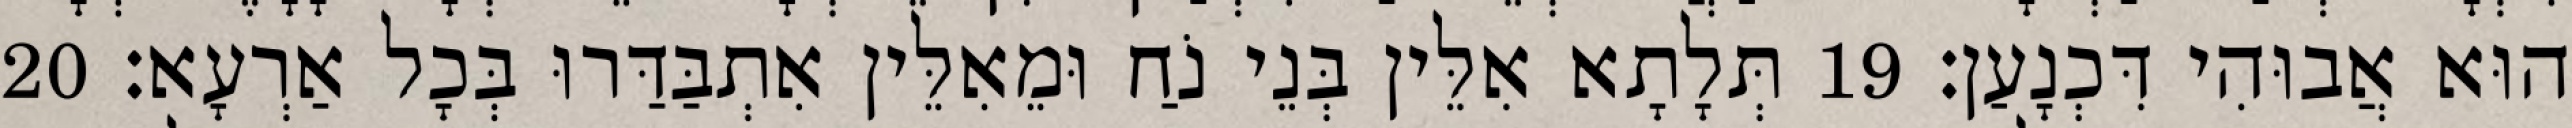
הוּא אֲבוּהִי דִּכְנָעַן׃ 19 תְּלָתָא אִלֵּין בְּנֵי נֹחַ וּמֵאִלֵּין אִתְבַּדַּרוּ בְּכָל אַרְעָא׃ 20